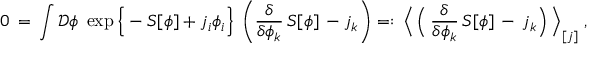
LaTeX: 0 \, = \, \int { \mathcal D } \phi \; \exp \Big \{ - S [ \phi ] + j _ { i } \phi _ { i } \Big \} \; \left( \frac { \delta } { \delta \phi _ { k } } \, S [ \phi ] \, - j _ { k } \right) = : \, \Big \langle \, \Big ( \, \frac { \delta } { \delta \phi _ { k } } \, S [ \phi ] \, - \, j _ { k } \Big ) \, \Big \rangle _ { [ j ] } \; ,